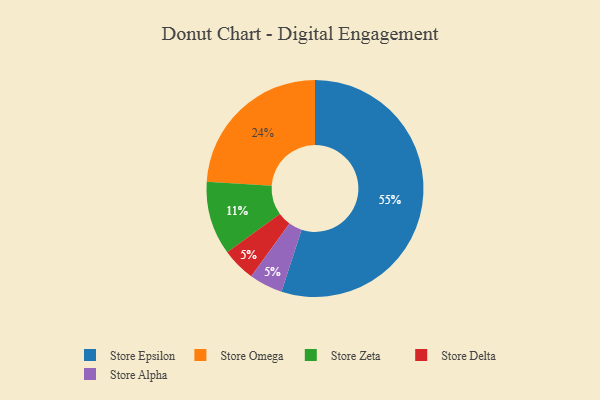
{"axis": {"x": "Category", "y": "Percentage"}, "legend": ["Store Alpha", "Store Delta", "Store Epsilon", "Store Omega", "Store Zeta"], "data": [{"x": "Store Epsilon", "y": 55, "type": "Store Epsilon"}, {"x": "Store Zeta", "y": 11, "type": "Store Zeta"}, {"x": "Store Delta", "y": 5, "type": "Store Delta"}, {"x": "Store Alpha", "y": 5, "type": "Store Alpha"}, {"x": "Store Omega", "y": 24, "type": "Store Omega"}]}